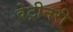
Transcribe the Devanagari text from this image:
वेट्रीनरी